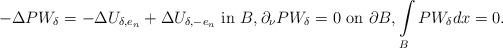
\begin{align*}-\Delta P W_{\delta}=-\Delta U_{\delta,e_n}+\Delta U_{\delta,-e_n}\ \hbox{in}\ {B},\partial_\nu P W_{\delta}=0\ \hbox{on}\ \partial{B}, \int\limits_{{B}} P W_{\delta}dx=0.\end{align*}